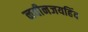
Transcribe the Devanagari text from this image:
नवीनजयहिंद